Vaccination United Provinces of Agra and Oudh 1902-1913 - 1902-1913
Year: 1902
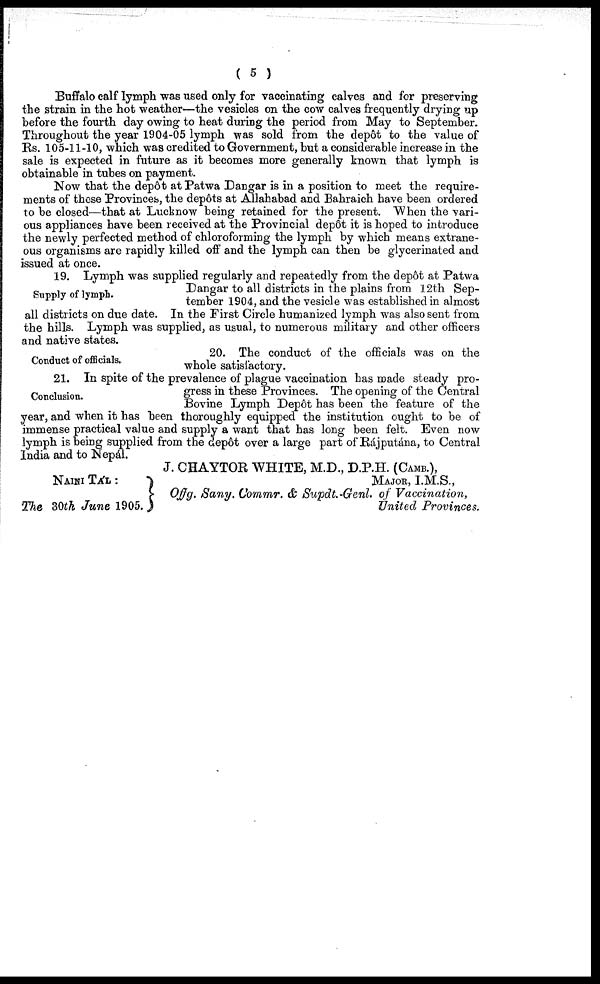
( 5 )
Buffalo calf lymph was used only for vaccinating calves and for preserving
the strain in the hot weather—the vesicles on the cow calves frequently drying up
before the fourth day owing to heat during the period from May to September.
Throughout the year 1904-05 lymph was sold from the depôt to the value of
Rs. 105-11-10, which was credited to Government, but a considerable increase in the
sale is expected in future as it becomes more generally known that lymph is
obtainable in tubes on payment.
Now that the depôt at Patwa Dangar is in a position to meet the require-
ments of these Provinces, the depôts at Allahabad and Bahraich have been ordered
to be closed—that at Lucknow being retained for the present. When the vari-
ous appliances have been received at the Provincial depôt it is hoped to introduce
the newly perfected method of chloroforming the lymph by which means extrane-
ous organisms are rapidly killed off and the lymph can then be glycerinated and
issued at once.
Supply of lymph.
19. Lymph was supplied regularly and repeatedly from the depôt at Patwa
Dangar to all districts in the plains from 12th Sep-
tember 1904, and the vesicle was established in almost
all districts on due date. In the First Circle humanized lymph was also sent from
the hills. Lymph was supplied, as usual, to numerous military and other officers
and native states.
Conduct of officials.
20. The conduct of the officials was on the
whole satisfactory.
Conclusion.
21. In spite of the prevalence of plague vaccination has made steady pro-
gress in these Provinces. The opening of the Central
Bovine Lymph Depôt has been the feature of the
year, and when it has been thoroughly equipped the institution ought to be of
immense practical value and supply a want that has long been felt. Even now
lymph is being supplied from the depôt over a large part of Rájputána, to Central
India and to Nepál.
J. CHAYTOR WHITE, M.D., D.P.H. (CAMB.),
NAINI TA' L :
The 30th June 1905.
MAJOR, I.M.S.,
Offg. Sany. Commr. & Supdt.-Genl. of Vaccination,
United Provinces.